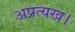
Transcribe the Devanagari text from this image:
अप्रत्यख।